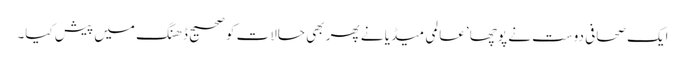
ایک صحافی دوست نے پوچھا ’عالمی میڈیا نے پھر بھی حالات کو صحیح ڈھنگ میں پیش کیا۔